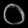
Digit: ၀